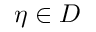
\eta \in D